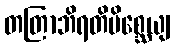
တတြာဘိရတိမိစ္ဆေယျ